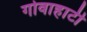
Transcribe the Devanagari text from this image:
गोवाहाटी